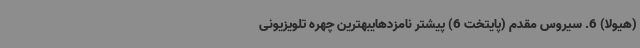
(هیولا) 6. سیروس مقدم (پایتخت 6) پیشتر نامزدهایبهترین چهره تلویزیونی